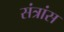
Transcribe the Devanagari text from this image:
संत्रांस